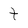
Character: t